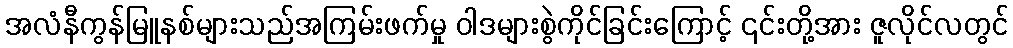
အလံနီကွန်မြူနစ်များသည်အကြမ်းဖက်မှု ဝါဒများစွဲကိုင်ခြင်းကြောင့် ၎င်းတို့အား ဇူလိုင်လတွင်